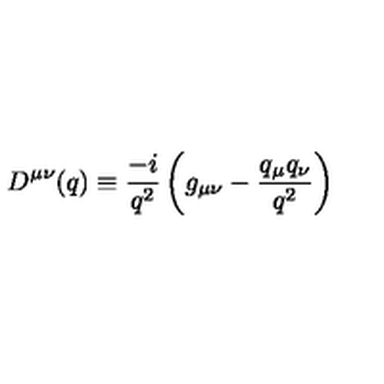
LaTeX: D ^ { \mu \nu } ( q ) \equiv { \frac { - i } { q ^ { 2 } } } \left( g _ { \mu \nu } - { \frac { q _ { \mu } q _ { \nu } } { q ^ { 2 } } } \right)